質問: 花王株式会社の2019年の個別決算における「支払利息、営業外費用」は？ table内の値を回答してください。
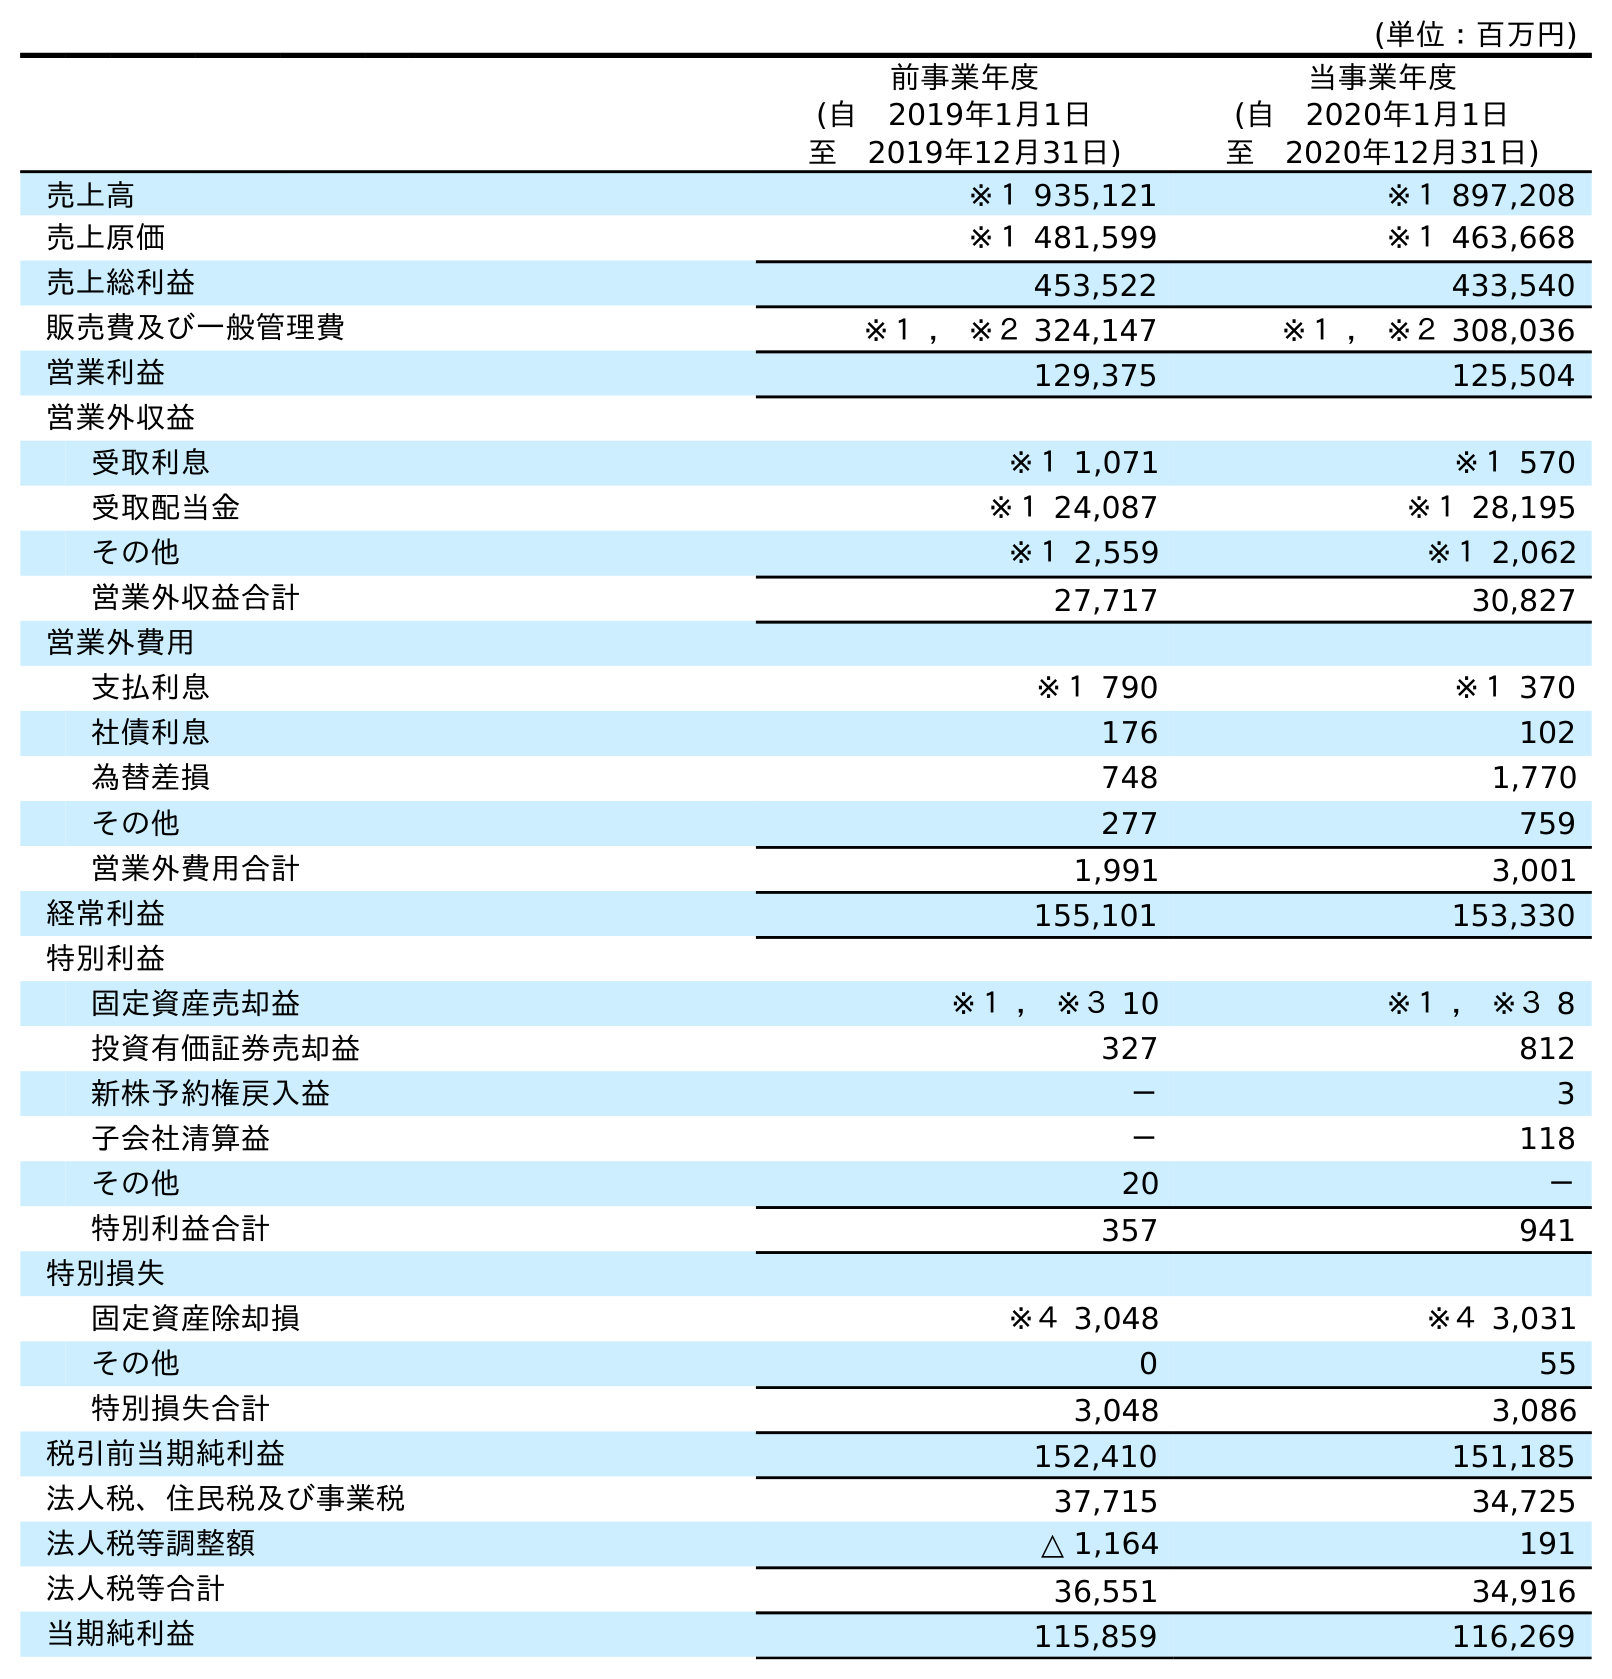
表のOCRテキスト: (単位：百万円) 前事業年度 (自 2019年1月1日 至 2019年12月31日) 当事業年度 (自 2020年1月1日 至 2020年12月31日) 売上高 ※１ 935,121 ※１ 897,208 売上原価 ※１ 481,599 ※１ 463,668 売上総利益 453,522 433,540 販売費及び一般管理費 ※１ ， ※２ 324,147 ※１ ， ※２ 308,036 営業利益 129,375 125,504 営業外収益 受取利息 ※１ 1,071 ※１ 570 受取配当金 ※１ 24,087 ※１ 28,195 その他 ※１ 2,559 ※１ 2,062 営業外収益合計 27,717 30,827 営業外費用 支払利息 ※１ 790 ※１ 370 社債利息 176 102 為替差損 748 1,770 その他 277 759 営業外費用合計 1,991 3,001 経常利益 155,101 153,330 特別利益 固定資産売却益 ※１ ， ※３ 10 ※１ ， ※３ 8 投資有価証券売却益 327 812 新株予約権戻入益 － 3 子会社清算益 － 118 その他 20 － 特別利益合計 357 941 特別損失 固定資産除却損 ※４ 3,048 ※４ 3,031 その他 0 55 特別損失合計 3,048 3,086 税引前当期純利益 152,410 151,185 法人税、住民税及び事業税 37,715 34,725 法人税等調整額 △ 1,164 191 法人税等合計 36,551 34,916 当期純利益 115,859 116,269
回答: ※１790